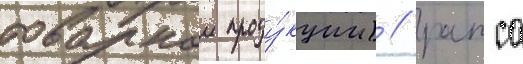
товарнои проду́кции) / рапса